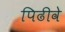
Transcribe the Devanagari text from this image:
पिढीवे